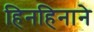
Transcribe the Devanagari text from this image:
हिनहिनाने